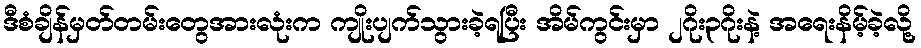
ဒီစံချိန်မှတ်တမ်းတွေအားလုံးက ကျိုးပျက်သွားခဲ့ရပြီး အိမ်ကွင်းမှာ ၂ဂိုး၃ဂိုးနဲ့ အရေးနိမ့်ခဲ့လို့